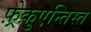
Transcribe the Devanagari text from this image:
फ़्रेक़ुएन्तिस्त